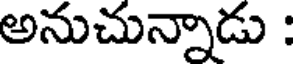
అనుచున్నాడు :